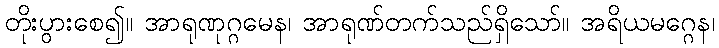
တိုးပွားစေ၍။ အာရုဏုဂ္ဂမေန၊ အာရုဏ်တက်သည်ရှိသော်။ အရိယမဂ္ဂေန၊